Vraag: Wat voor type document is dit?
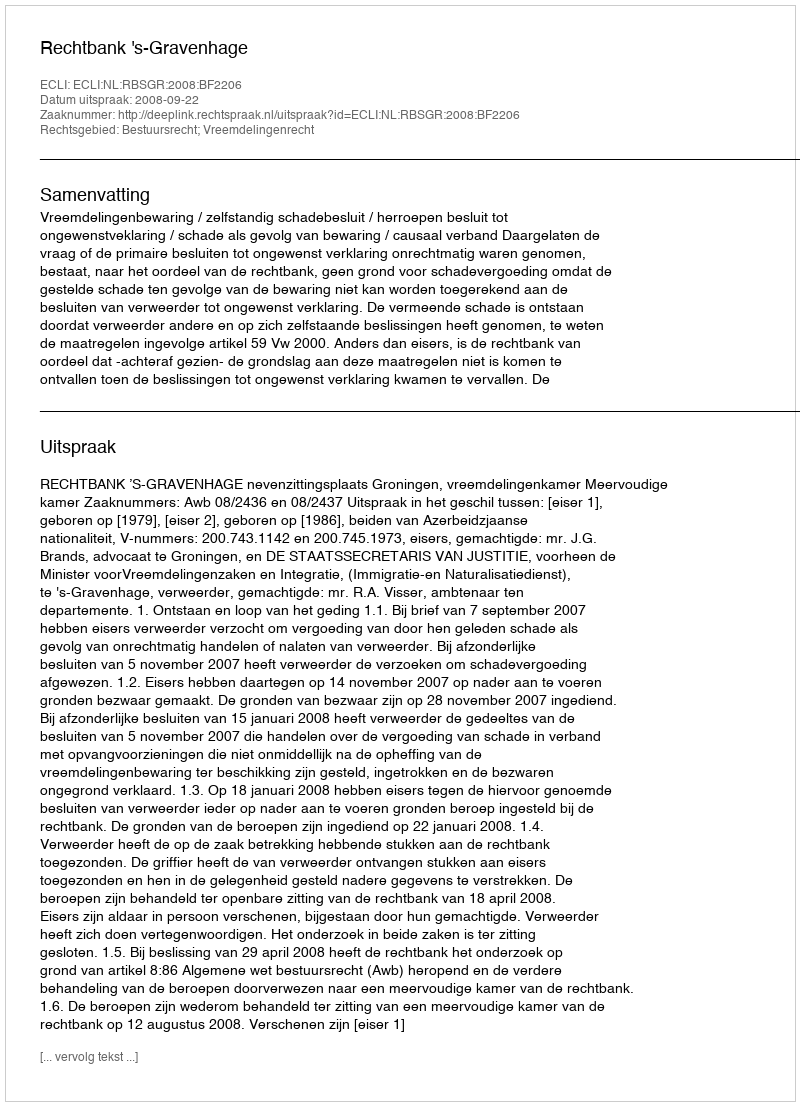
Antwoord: Uitspraak